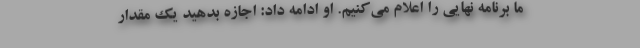
ما برنامه نهایی را اعلام می‌کنیم. او ادامه داد: اجازه بدهید یک مقدار